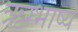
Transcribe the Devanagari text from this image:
ऋग्भाष्य